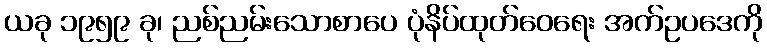
ယခု ၁၉၅၉ ခု၊ ညစ်ညမ်းသောစာပေ ပုံနိပ်ထုတ်ဝေရေး အက်ဥပဒေကို